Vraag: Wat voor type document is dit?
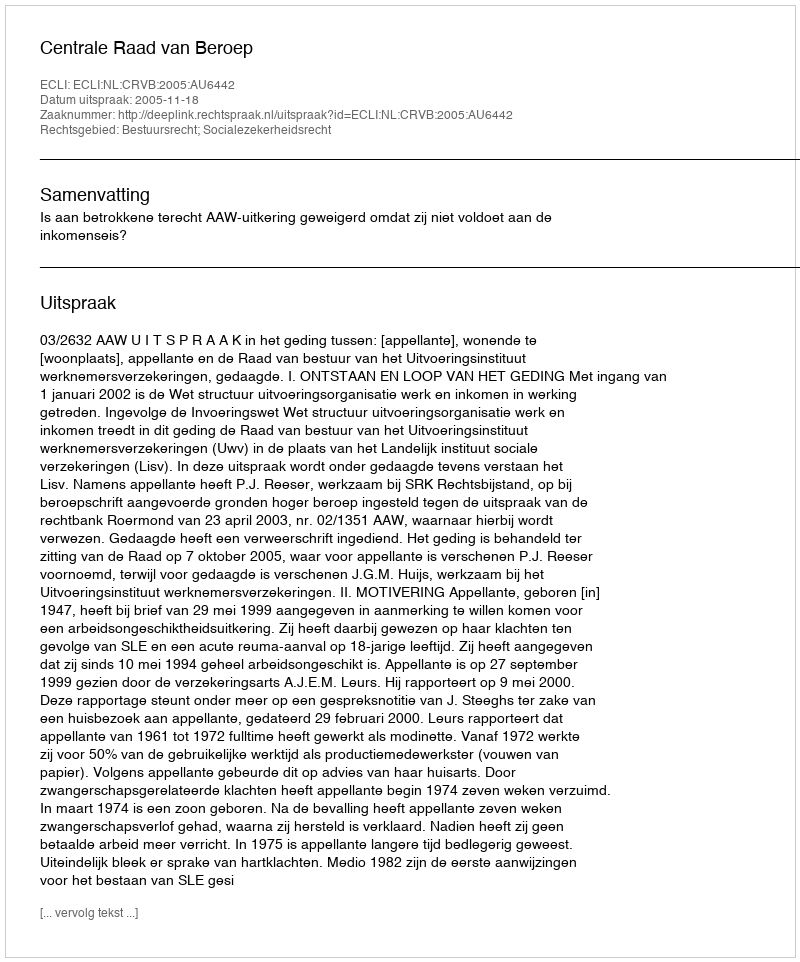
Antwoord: Uitspraak